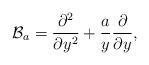
LaTeX: \begin{align*}\mathcal B_a = \frac{\partial^2 }{\partial y^2} + \frac{a}{y} \frac{\partial }{\partial y},\end{align*}